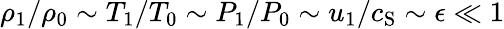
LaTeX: \rho_{1}/\rho_{0}\sim T_{1}/T_{0}\sim P_{1}/P_{0}\sim u_{1}/c_{\mathrm{S}}\sim\epsilon\ll 1